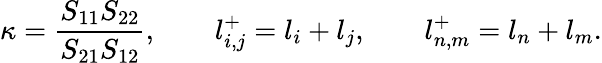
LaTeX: \kappa=\frac{S_{11}S_{22}}{S_{21}S_{12}},\qquad l_{i,j}^{+}=l_{i}+l_{j},\qquad l_{n,m}^{+}=l_{n}+l_{m}.